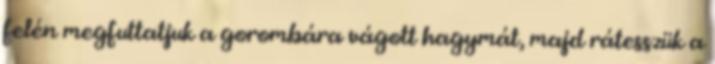
felén megfuttatjuk a gorombára vágott hagymát, majd rátesszük a